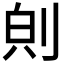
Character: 𪟇